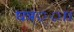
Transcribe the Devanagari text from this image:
घञ््‌ा।